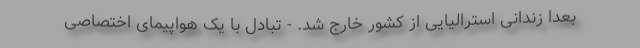
بعدا زندانی استرالیایی از کشور خارج شد. - تبادل با یک هواپیمای اختصاصی